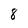
Character: 8